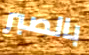
بالصبر